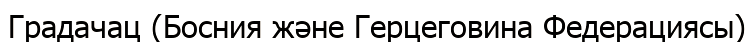
Градачац (Босния және Герцеговина Федерациясы)